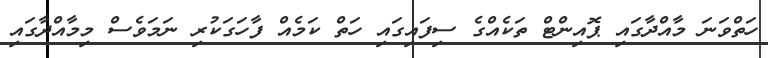
ހަތްވަނަ މާއްދާގައި ޕޮއިންޓް ތަކެއްގެ ސިފައިގައި ހަތް ކަމެއް ފާހަގަކުރި ނަމަވެސް މިމާއްދާގައި